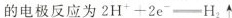
的电极反应为$$2 H ^ { + } + 2 e ^ { - }\xlongequal [ ] { } H _ 2↑$$